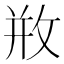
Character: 𢼶